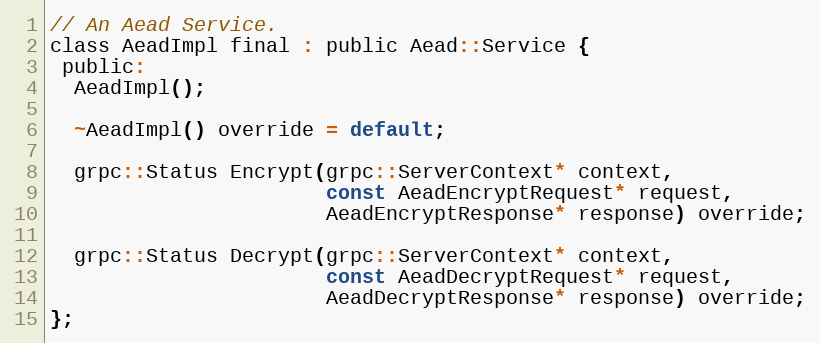
Language: C
// An Aead Service.
class AeadImpl final : public Aead::Service {
 public:
  AeadImpl();

  ~AeadImpl() override = default;

  grpc::Status Encrypt(grpc::ServerContext* context,
                       const AeadEncryptRequest* request,
                       AeadEncryptResponse* response) override;

  grpc::Status Decrypt(grpc::ServerContext* context,
                       const AeadDecryptRequest* request,
                       AeadDecryptResponse* response) override;
};